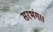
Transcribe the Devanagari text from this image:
सरभंग।।